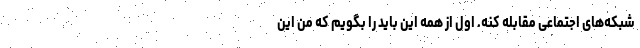
شبکه‌های اجتماعی مقابله کنه. اول از همه این باید را بگویم که من این